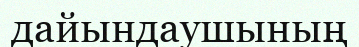
дайындаушының